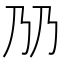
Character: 𬼅